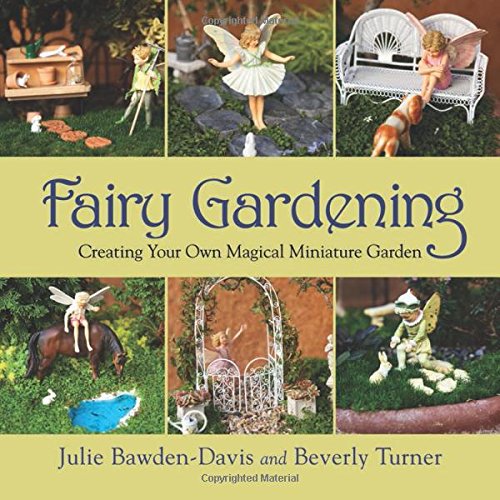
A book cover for Fairy Gardening: Creating Your Own Magical Miniature Garden; Julie Bawden-Davis; Crafts, Hobbies & Home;